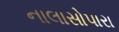
નાલાસોપારા